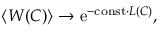
\left< W ( C ) \right> \to \mathrm { e } ^ { - \mathrm { c o n s t } \cdot L ( C ) } ,